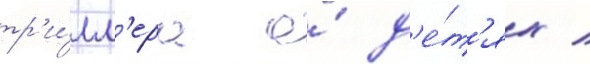
тр'и́лл'ера о́ д'е́т'ях /